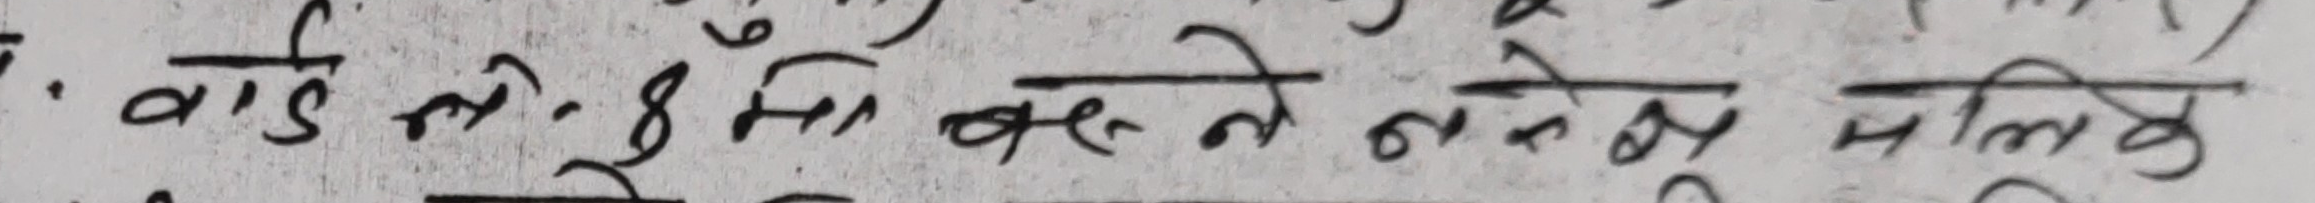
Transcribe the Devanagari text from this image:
वाई सी. ८। मा बस्ने नरेन्द्र मलिक